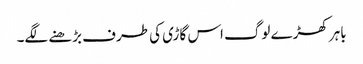
باہر کھڑے لوگ اس گاڑی کی طرف بڑھنے لگے۔